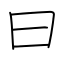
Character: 曰